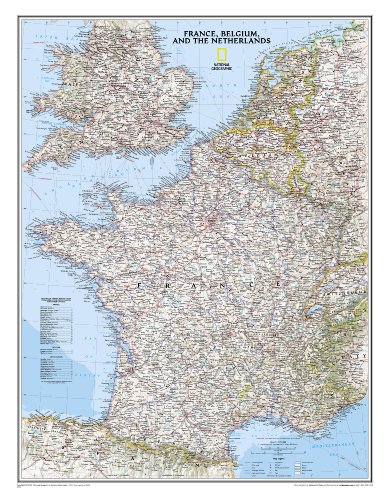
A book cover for France, Belgium, and The Netherlands Classic [Tubed] (National Geographic Reference Map); National Geographic Maps - Reference; Travel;